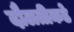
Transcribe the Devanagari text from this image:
दौलतीकडे